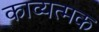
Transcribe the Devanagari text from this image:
काव्यत्मक